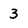
Character: 3